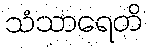
သံသာရေတိ